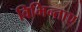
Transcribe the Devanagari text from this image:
विभिन्ताए